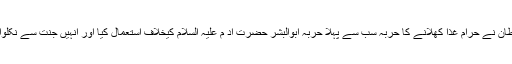
شیطان نے حرام غذا کھلانے کا حربہ سب سے پہلا حربہ ابوالبشر حضرت آد م علیہ السلام کیخلاف استعمال کیا اور انہیں جنت سے نکلوادیا۔